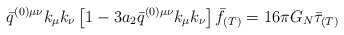
\begin{align*}\bar{q}^{(0)\mu\nu}k_{\mu}k_{\nu} \left[1-3a_2\bar{q}^{(0)\mu\nu}k_{\mu}k_{\nu}\right] \bar{f}_{(T)} = 16\pi G_N\bar{\tau}_{(T)} \end{align*}